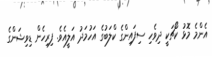
އެންމެ މޮޅު ކޯޗަކީ ދިވެހި ސިފައިންގެ ކްލަބުގެ އަހުމަދު އަލީއެވެ. ފިރިހެން ޑިވިޝަންގެ